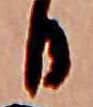
日